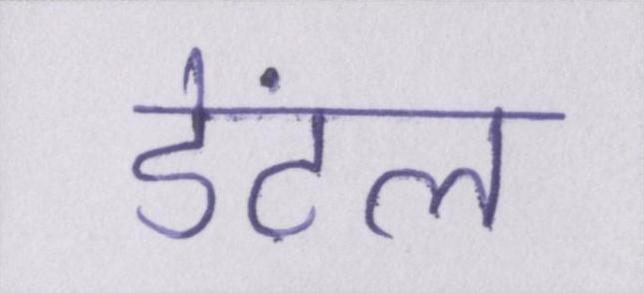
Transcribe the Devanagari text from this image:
डेंटल